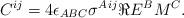
LaTeX: \begin{align*}C^{ij}= 4\epsilon_{ABC}\sigma^{A\, ij} \Re E^B M^C .\end{align*}